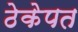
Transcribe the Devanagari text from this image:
ठेकेपत